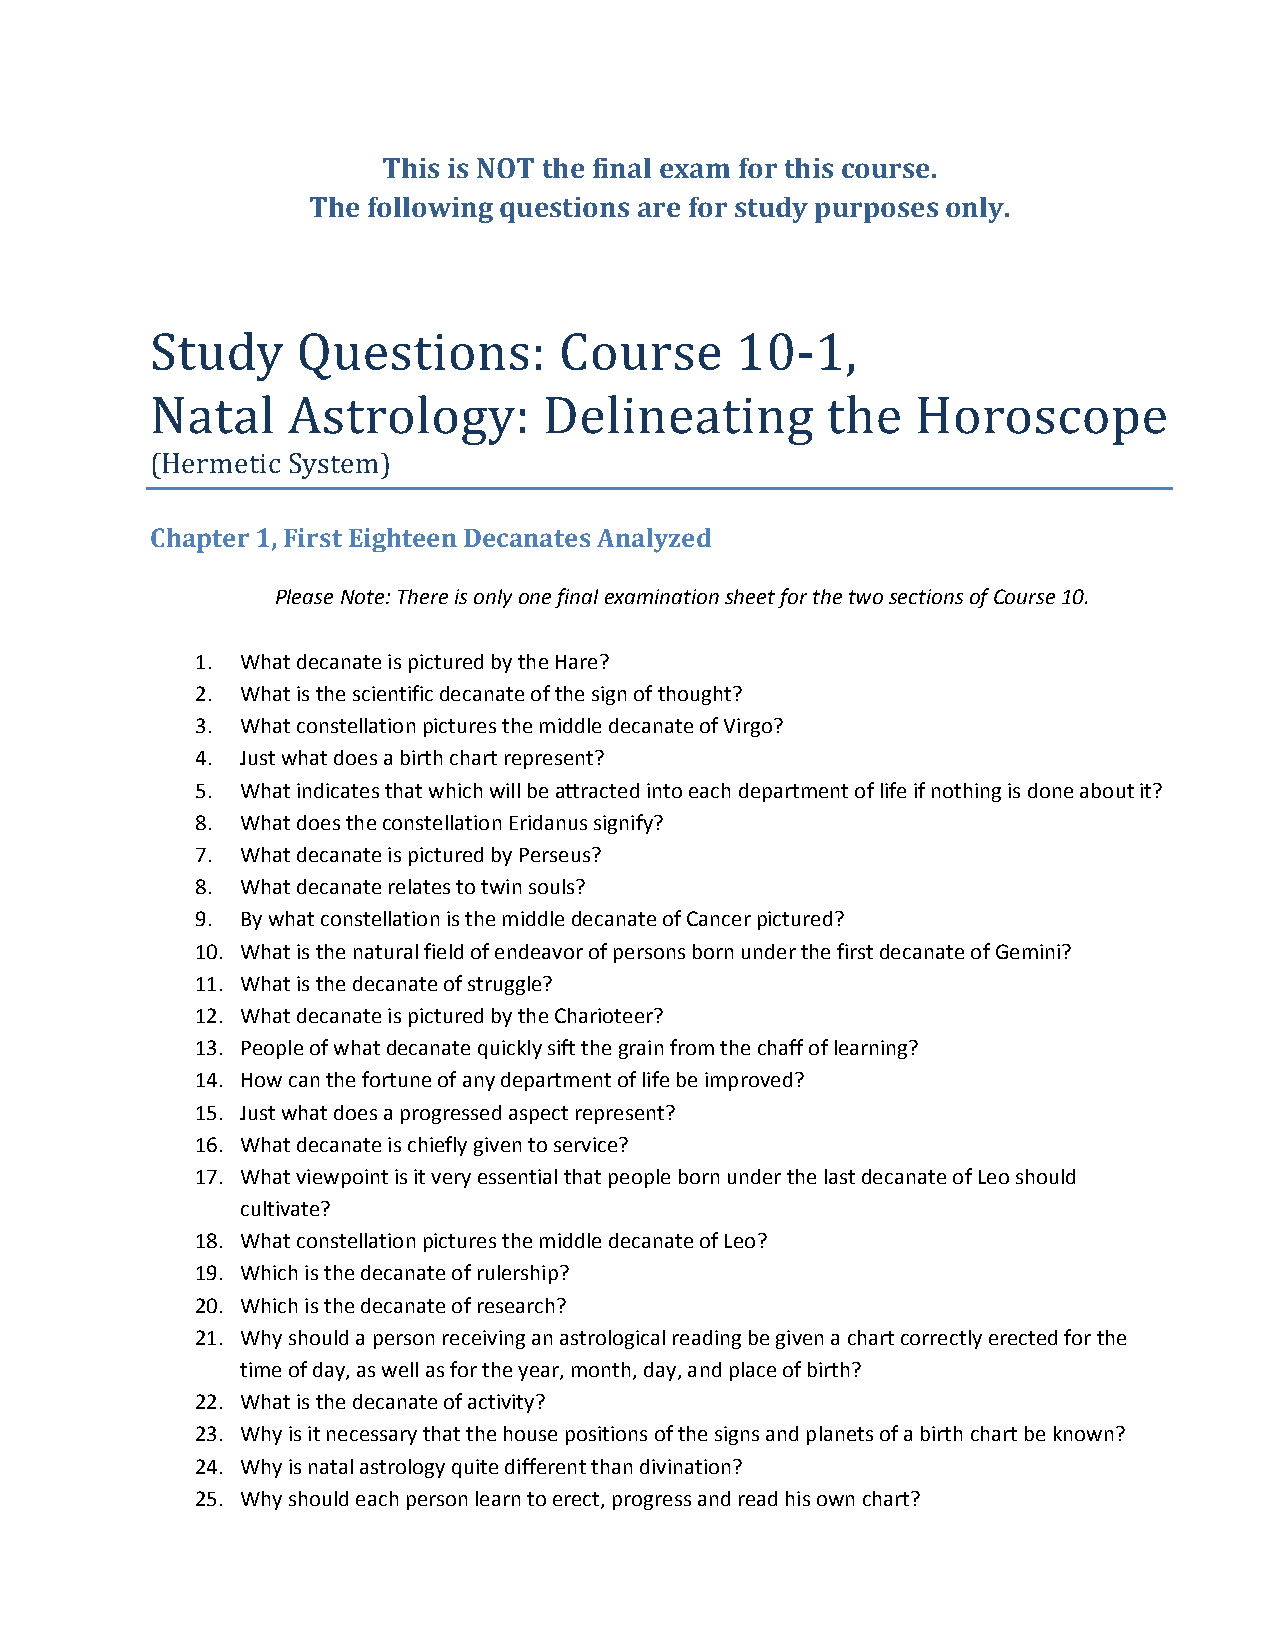
This is NOT the final exam for this course.
 The following questions are for study purposes only.
 Study     Questions:       Course      10‐1,
 Natal    Astrology:       Delineating        the   Horoscope
 (Hermetic System)
 Chapter 1, First Eighteen Decanates Analyzed
 Please Note: There is only one final examination sheet for the two sections of Course 10.
 1. What decanate is pictured by the Hare?
 2. What is the scientific decanate of the sign of thought?
 3. What constellation pictures the middle decanate of Virgo?
 4. Just what does a birth chart represent?
 5. What indicates that which will be attracted into each department of life if nothing is done about it?
 8. What does the constellation Eridanus signify?
 7. What decanate is pictured by Perseus?
 8. What decanate relates to twin souls?
 9. By what constellation is the middle decanate of Cancer pictured?
 10. What is the natural field of endeavor of persons born under the first decanate of Gemini?
 11. What is the decanate of struggle?
 12. What decanate is pictured by the Charioteer?
 13. People of what decanate quickly sift the grain from the chaff of learning?
 14. How can the fortune of any department of life be improved?
 15. Just what does a progressed aspect represent?
 16. What decanate is chiefly given to service?
 17. What viewpoint is it very essential that people born under the last decanate of Leo should
 cultivate?
 18. What constellation pictures the middle decanate of Leo?
 19. Which is the decanate of rulership?
 20. Which is the decanate of research?
 21. Why should a person receiving an astrological reading be given a chart correctly erected for the
 time of day, as well as for the year, month, day, and place of birth?
 22. What is the decanate of activity?
 23. Why is it necessary that the house positions of the signs and planets of a birth chart be known?
 24. Why is natal astrology quite different than divination?
 25. Why should each person learn to erect, progress and read his own chart?